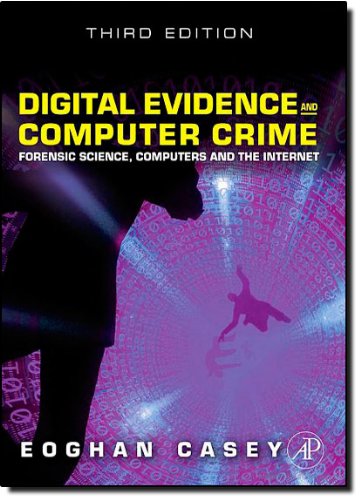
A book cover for Digital Evidence and Computer Crime: Forensic Science, Computers and the Internet, 3rd Edition; Eoghan Casey; Computers & Technology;